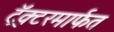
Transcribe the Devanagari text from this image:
ट्रॅक्टरमार्फत